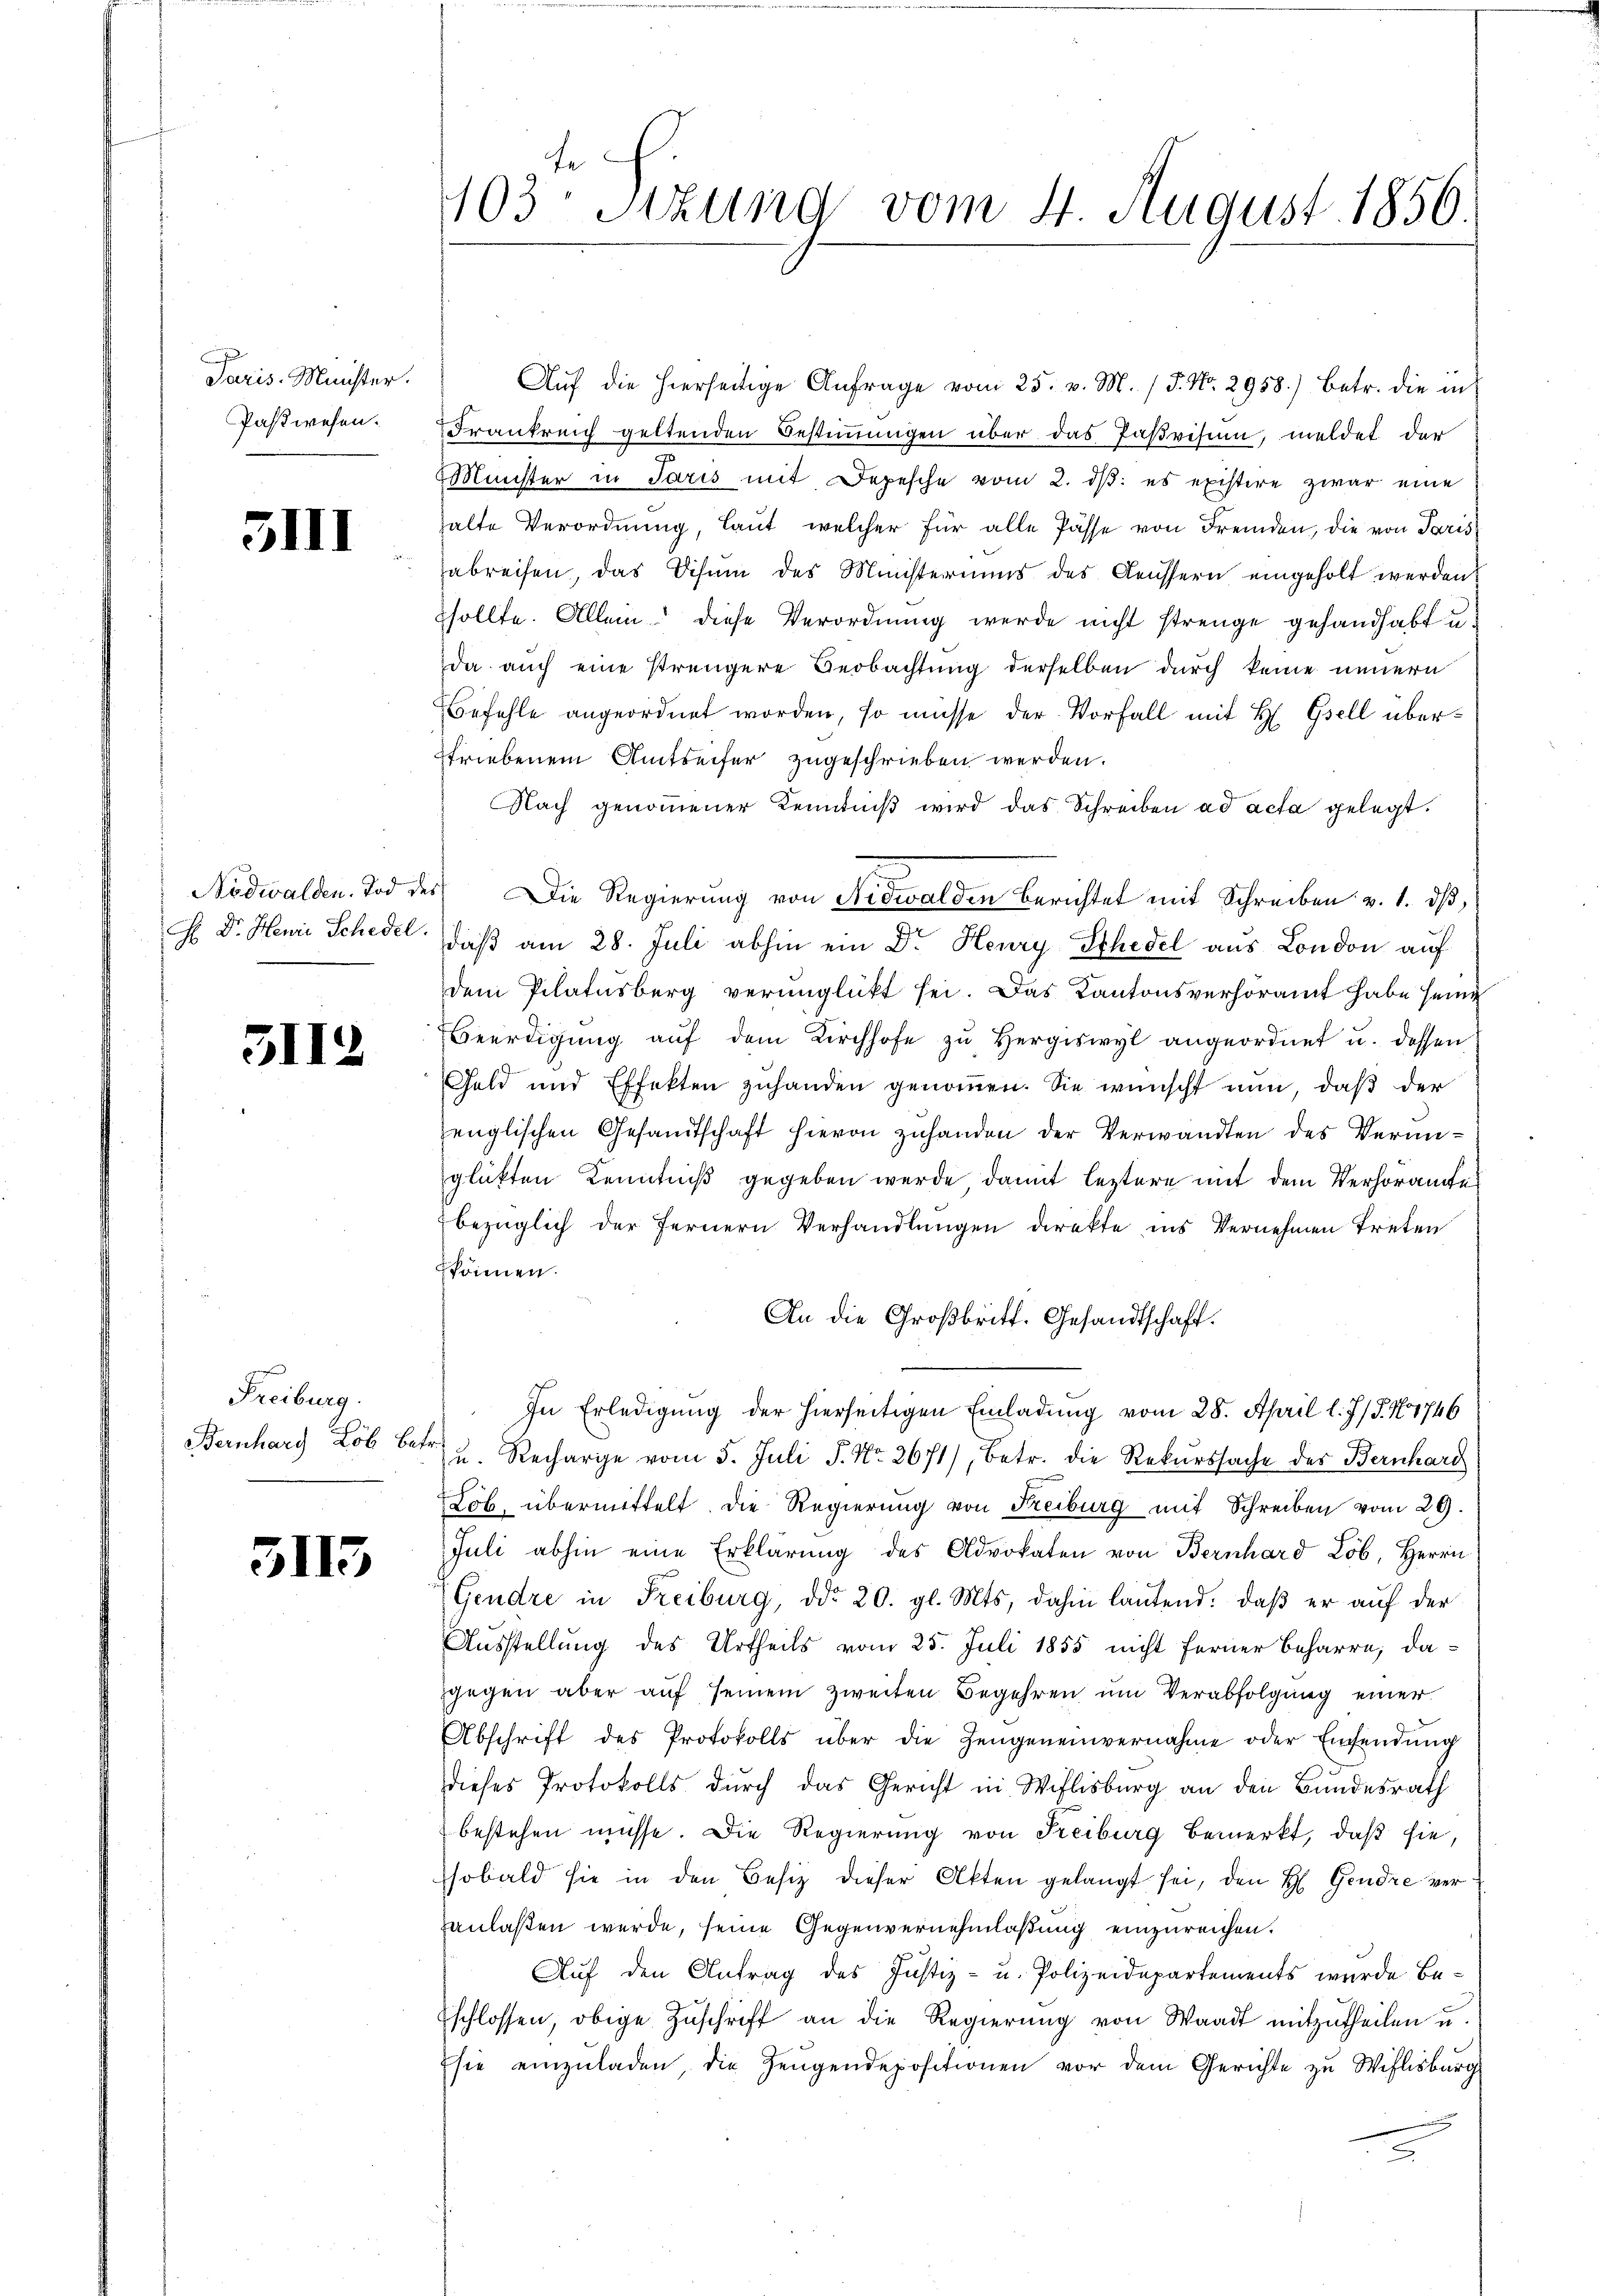
Paris. Meister.
Paswesen.

3III

Nidwalden. Tod der
H Dr. Hewie Schedel.

5112

Freiburg.
Bernhard Lob betr.

3113

103. Sitzung vom 4 August 1856.

Aŭf die hierseitige Anfrage vom 25. v. M. / 5. No. 2958.) Betr. die in
Frankreich geltenden Bestimmungen über das Paßvisum, meldet der
Münster in Paris mit Depesche vom 2. dβ: es existire zwar eine
halte Verordnung, laut, welcher für alle Pässe von Fremden, die von Paris
abreifen, das Disum des Ministeriums des Aeussern eingeholt werden
sollte. Allein diese Verordnung werde nicht strenge gehandhabt u.
da auch eine strengere Beobachtung derselben durch keine neuern
Befehle angeordnet worden, so müsse der Vorfall mit H. Gsell überstriebenem Amtseifer zugeschrieben werden.
Nach genommener Kenntniβ wird das Schreiben ad acta gelegt.
) Die Regierung von Nidwalden berichtet mit Schreiben v. 1. ds,
daß am 28. Juli abhin ein Dr. Henry Schedel aus London auf
dem Pilatusberg verunglückt sei. Das Kantonsverhöramt habe seine
Beerdigŭng aŭf dem Kirchhofe zŭ Hergiswyl angeordnet u. dessen:
Geld und Effekten zuhanden genommen. Sie wünscht nun, daß der
englischen Gesandtschaft hievon zuhanden der Verwandten des Vermiglükten Kenntniß gegeben werde damit leztere mit dem Verhöramtes
bezüglich der fernern Verhandlungen direkte ins Vernehmen treten
können.
An die Großbritt. Gesandtschaft.
In Erledigung der hierseitigen Einladung vom 28. April l. J. J. N 1746
u. Recharige vom 5. Juli S. Nr. 3671), betr. die Rekurssache des Bernhard
Lob. übermittelt. Die Regierung von Freiburg mit Schreiben vom 29.
Juli abhin eine Erklärung des Advokaten von Bernhard Lob, Herrn
Gendre in Freiburg, ddo 20. gl. Mts. dahin laŭtend: daβ er auf der
Ausstellung des Urtheils vom 25. Juli 1855 nicht ferner Beharre, dagegen aber auf seinem zweiten Begehren um Verabfolgung einer
Abschrift des Protokolls über die Zeugeneinvernahme oder Eisendŭng
dieses Protokolls durch das Gericht in Willisburg an den Bundesrath
bestehen müsse. Die Regierung von Freiburg bemerkt, daß sie,
sobald sie in den Besiz dieser Akten gelangt sei, den H. Gendre verzanlaßen werde, seine Gegenvernehmlaßung einzureichen.
Auf den Antrag des Justiz- u. Polizeidepartements wurde Beschlossen, obige Zŭschrift an die Regierŭng von Waadt mitzŭtheilen u.
Esie einzŭladen, die Zeŭgendepositionen vor dem Gerichte zu Wihlisburg